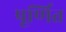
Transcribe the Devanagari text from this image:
पूर्णित